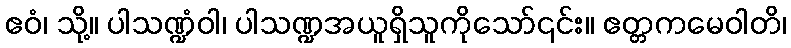
ဧဝံ၊ သို့။ ပါသဏ္ဍံဝါ၊ ပါသဏ္ဍအယူရှိသူကိုသော်၎င်း။ ဧတ္တကမေဝါတိ၊